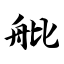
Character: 舭